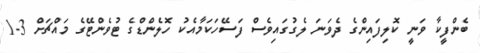
ބެންފީކާ ވަނީ ކޮލިފައިންގެ ދެވަނަ ލެގުގައިވެސް ފަސޭހަކަމާއެކު ހޮލެންޑްގެ ޓުވެންޓޭގެ މައްޗަށް 3-1